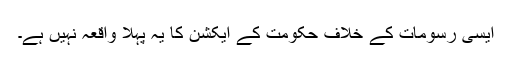
ایسی رسومات کے خلاف حکومت کے ایکشن کا یہ پہلا واقعہ نہیں ہے۔